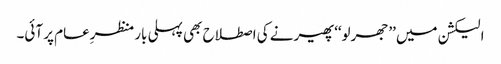
الیکشن میں ’’جھرلو‘‘ پھیرنے کی اصطلاح بھی پہلی بار منظرِعام پر آئی۔